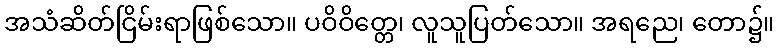
အသံဆိတ်ငြိမ်းရာဖြစ်သော။ ပဝိဝိတ္တေ၊ လူသူပြတ်သော။ အရညေ၊ တော၌။